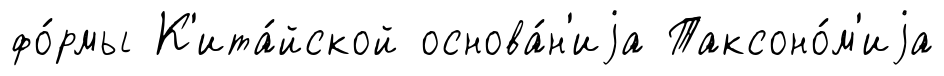
фо́рмы К'ита́йской основа́н'иjа Таксоно́м'иjа